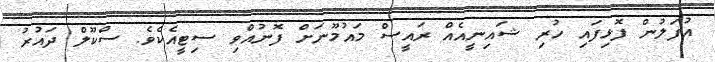
އުފަލުން ފޮޅިފައި ހުރި ޝައިނީއެއް ރައީސް މައުމޫނަށް ފޮނުއްވި ސިޓީއެކެވެ. ސްކޫލް ދައުރު